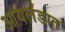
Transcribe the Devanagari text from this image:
आयर्लंडात